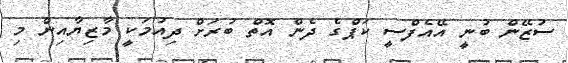
ސުޒޭން ބުނީ އޭއެފްސީ ކަޕްގެ ދެން އޮތް ބުރަށް ދިއުމަކީ މާޒިޔާއިން މި